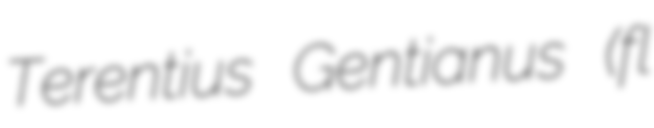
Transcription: Terentius Gentianus (fl